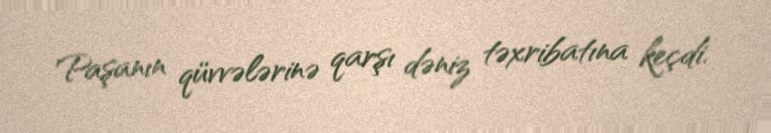
Paşanın qüvvələrinə qarşı dəniz təxribatına keçdi.